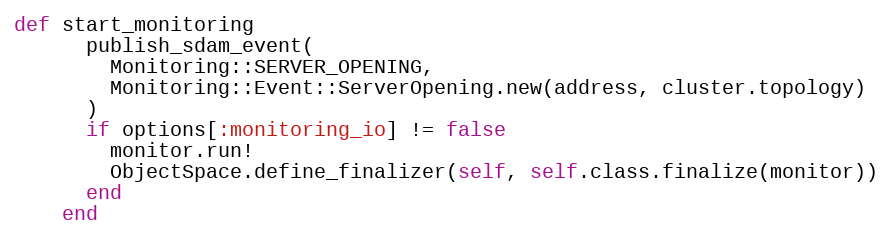
Language: Ruby
def start_monitoring
      publish_sdam_event(
        Monitoring::SERVER_OPENING,
        Monitoring::Event::ServerOpening.new(address, cluster.topology)
      )
      if options[:monitoring_io] != false
        monitor.run!
        ObjectSpace.define_finalizer(self, self.class.finalize(monitor))
      end
    end